Bulletin of the Pasteur Institute of Southern India, Coonoor - No. 3.
Year: 1910
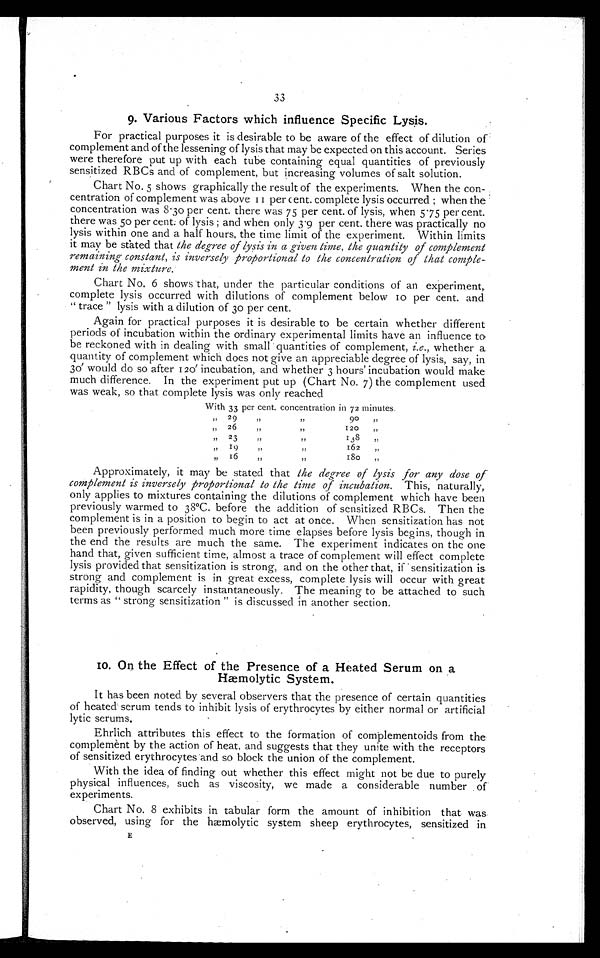
33
9. Various Factors which influence Specific Lysis.
For practical purposes it is desirable to be aware of the effect of dilution of
complement and of the lessening of lysis that may be expected on this account. Series
were therefore put up with each tube containing equal quantities of previously
sensitized RBCs and of complement, but increasing volumes of salt solution.
Chart No. 5 shows graphically the result of the experiments. When the con-
centration of complement was above II per c ent. complete lysis occurred ; when the .
concentration was 8 . 30 per cent. there was 75 per cent. of lysis, when 5 . 75 per cent.
there was 50 per cent; of lysis ; and when only 3 . 9 per cent. there was practically no
lysis within one and a half hours, the time limit of the experiment. Within limits
it may be seated that the degree of lysis in a given time, the quantity of complement
remaining constant, is inversely proportional, to the concentration of that comple-
ment in the mixture.
Chart No. 6 shows that, under the particular conditions of an experiment,.
complete lysis occurred with dilutions of complement below 10 per cent. and
" trace " lysis with a dilution of 30 per cent.
Again for practical purposes it is desirable to be certain whether different
periods of incubation within the ordinary experimental limits have an influence to,
be reckoned with in dealing with small quantities of complement, i.e., wheth.er a.
quantity of complement which does not give an appreciable deree of lysis, say, in
30′ would do so after 120′ incubation, and whether 3 hours' incubation would make
much difference. In the experiment put up (Chart No. 7) the complement used
was weak, so that complete lysis was only reached
With 33 per cent. concentration in 72 minutes.
,, 29
, ,
,,
90
„
„
2 6
, ,
,,
120
,,
„
23
,,
,,
138
„
, , I 9
, ,
, ,
162
„
,,
1 6
,,
,,
1 8 0
„
Approximately, it may be stated that the degree of lysis for any dose of
complement is inversely proportional to the time of incubation. This, naturally,
only applies to mixtures containing the dilutions of complement which have been
previously warmed to 38°C. before the addition of sensitized RBCs. Then the
complement is in a position to begin to act at once. When sensitization has not
been previously performed much more time elapses before lysis begins, though in
the end the results are much the same. The experiment indicates on the one
hand that, given sufficient time, almost a trace of complement will effect complete
lysis provided that sensitization is strong, and on the other that, if sensitization is.
strong and complement is in great excess, complete lysis will occur with great
rapidity, though scarcely instantaneously. The meaning to be attached to such
terms as " strong sensitization " is discussed in another section.
1o. On the Effect of the Presence of a Heated Serum on a
Hemolytic System.
It has been noted by several observers that the presence of certain quantities
of heated serum tends to inhibit lysis of erythrocytes by either normal or artificial
lytic serums.
Ehrlich attributes this effect to the formation of complementoids from the
complement by the action of heat, and suggests that they unite with the receptors
of sensitized erythrocytes and so block the union of the complement.
With the idea of finding out whether this effect might not be due to purely
physical influences, such as viscosity, we made a considerable number . of
experiments.
Chart No. 8 exhibits in tabular form the amount of inhibition that was
observed, using for the hæmolytic system sheep erythrocytes, sensitized in